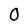
Character: 0